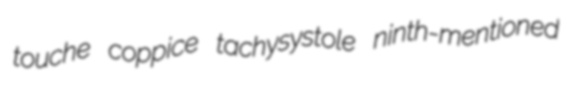
touche coppice tachysystole ninth-mentioned